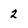
Character: 2